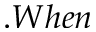
. W h e n